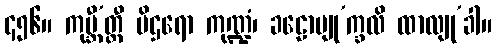
၄၅၆။ ကုမ္ဘီ’တ္ထီ ပိဌရော ကုဏ္ဍံ၊ ခဠောပျု’က္ခလိ ထာလျု’ခါ။